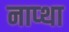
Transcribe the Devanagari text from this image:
नाप्था